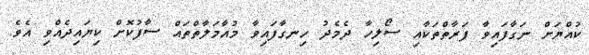
ކުއްޔަށް ނަގާފައިވާ ފަރާތްތަކާއި ސޯލިހާ ދެމެދު ހިނގާފައިވާ މުއާމަލާތްތައް ސާފުކޮށް ކިޔައިދެއްވި އެވެ.